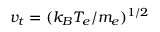
v _ { t } = ( k _ { B } T _ { e } / m _ { e } ) ^ { 1 / 2 }